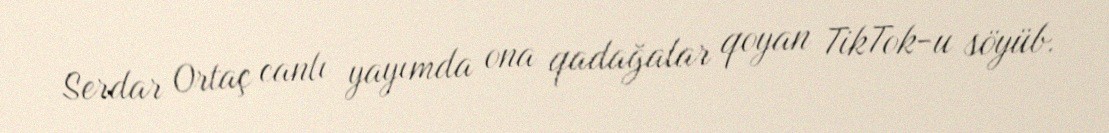
Serdar Ortaç canlı yayımda ona qadağalar qoyan TikTok-u söyüb.